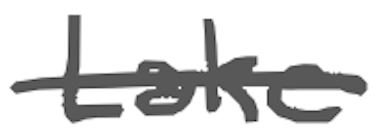
Text: Lake
Cross-out: single-line
Writing tool: digital_gray